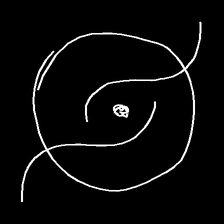
Glyph: repetition